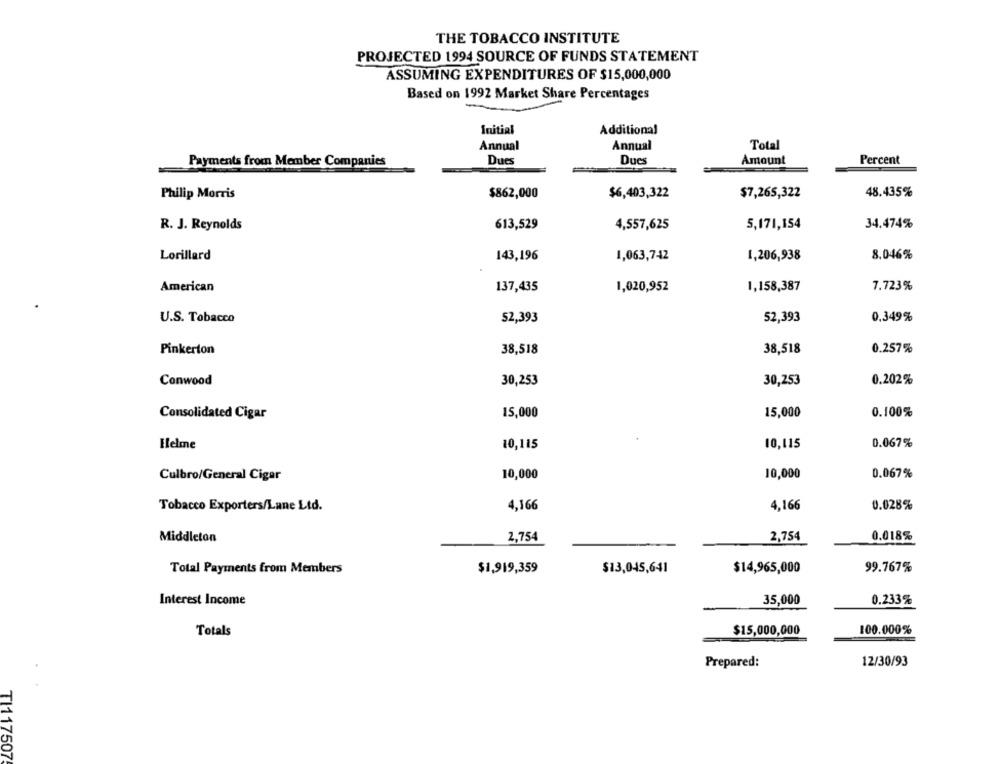
THE TOBACCO INSTITUTE
PROJECTED 1994 SOURCE OF FUNDS STATEMENT
ASSUMING EXPENDITURES OF $15,000,000
Based on 1992 Market Share Percentages
Initial
Additional
Annual
Annual
Total
Dues
Dues
Amount
Percent
Payments from Member Companies
Philip Morris
$862,000
$6,403,322
$7,265,322
48.435%
R. J. Reynolds
613,529
4,557,625
5,171,154
34.474%
Lorillard
143,196
1,063,742
1,206,938
8.046%
American
137,435
1,020,952
1,158,387
7.723%
U.S. Tobacco
52,393
52,393
0.349%
Pinkerton
38,518
38,518
0.257%
Conwood
30,253
30,253
0.202%
15,000
Consolidated Cigar
15,000
0.100%
0.067%
Helme
10,115
10,115
10,000
Culbro/General Cigar
10,000
0.067%
Tobacco Exporters/Lane Ltd.
4,166
4,166
0.028%
Middleton
2,754
2,754
0.018%
Total Payments from Members
$1,919,359
$13,045,641
$14,965,000
99.767%
Interest Income
35,000
0.233%
Totals
$15,000,000
100.000%
Prepared:
12/30/93
TI117507